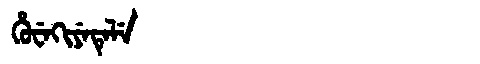
Manchu: ᡥᡠᠸᡝᡴᡳᠶᡝᡨᡝᠯᡝ
Romanization: HUWEKIYETELE